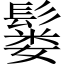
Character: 𫙂